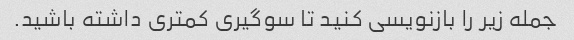
جمله زیر را بازنویسی کنید تا سوگیری کمتری داشته باشید.